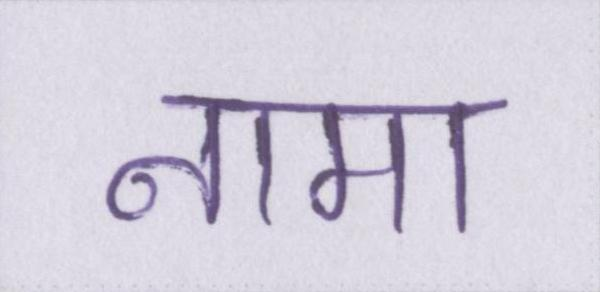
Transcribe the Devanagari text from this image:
नामा